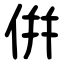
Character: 倂